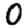
Digit: 0